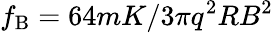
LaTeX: f_{\mathrm{B}}=64mK/3\pi q^{2}RB^{2}